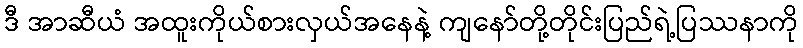
ဒီ အာဆီယံ အထူးကိုယ်စားလှယ်အနေနဲ့ ကျနော်တို့တိုင်းပြည်ရဲ့ပြဿနာကို